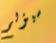
سيؤلم